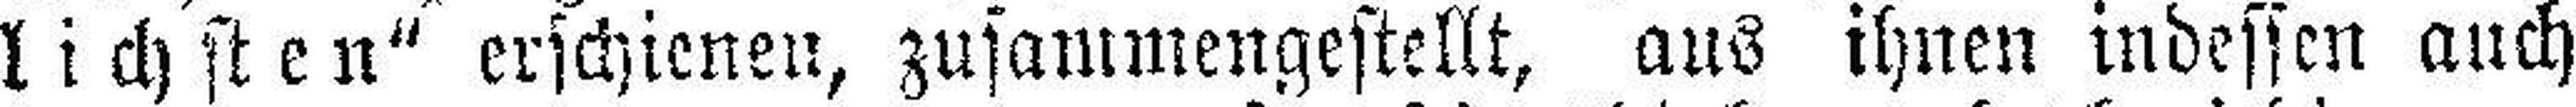
lichsten“ erschienen, zusammengestellt, aus ihnen indessen auch